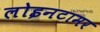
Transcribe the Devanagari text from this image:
लोइनटामर